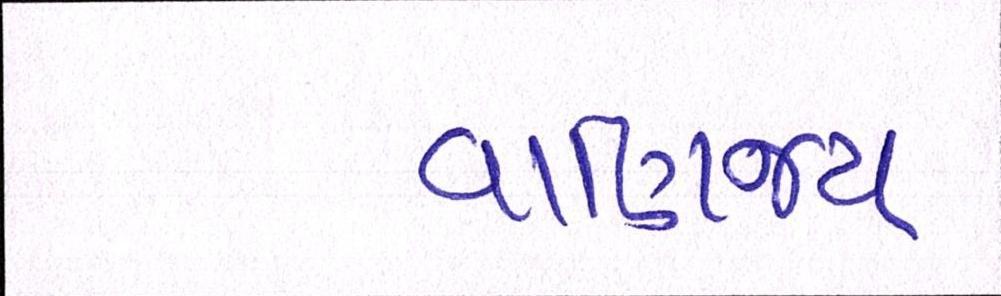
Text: વાણિજ્ય